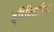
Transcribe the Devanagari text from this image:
त्रिनितारिया